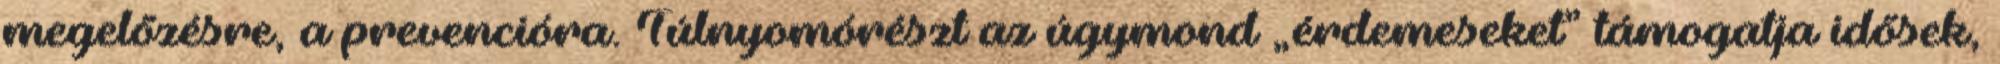
megelőzésre, a prevencióra. Túlnyomórészt az úgymond „érdemeseket” támogatja idősek,